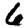
Digit: 6